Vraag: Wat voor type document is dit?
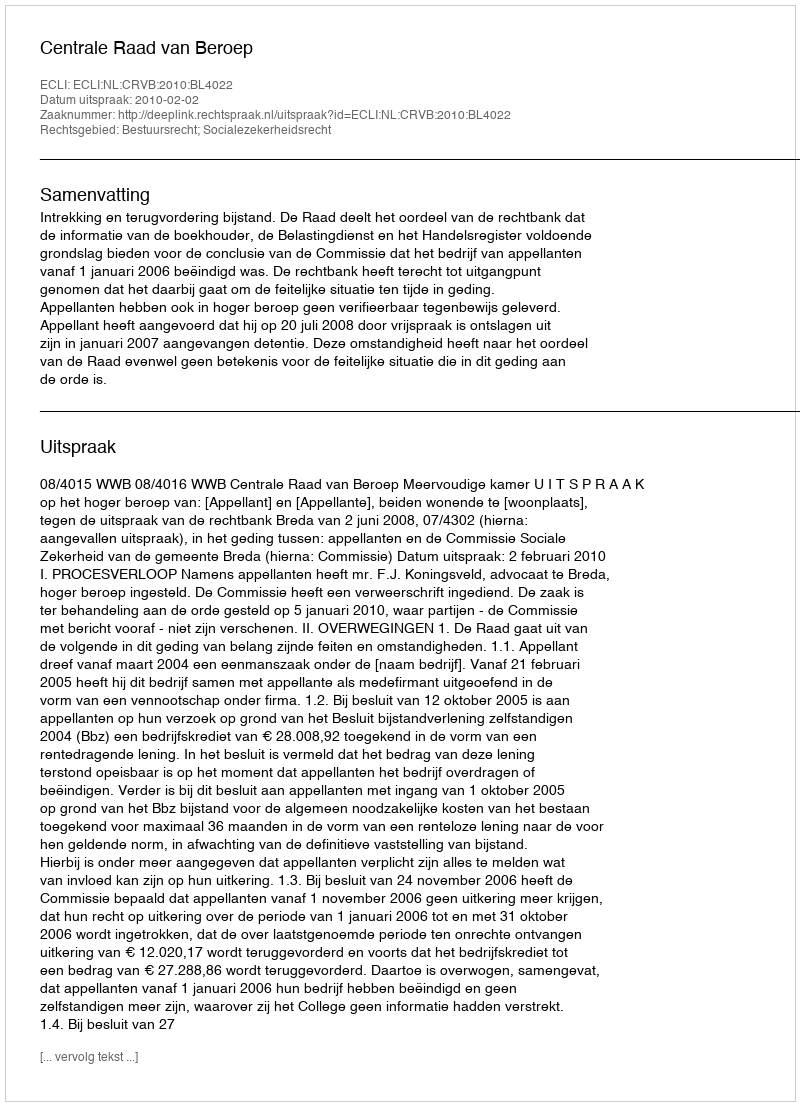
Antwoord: Uitspraak